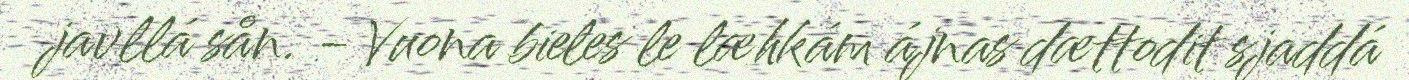
javllá sån. - Vuona bieles le læhkám ájnas dættodit sjaddá